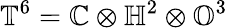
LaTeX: \mathbb{T}^{6}=\mathbb{C}\otimes\mathbb{H}^{2}\otimes\mathbb{O}^{3}